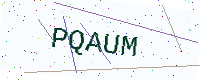
Text: PQAUM